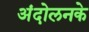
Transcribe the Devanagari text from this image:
अंदोलनके